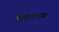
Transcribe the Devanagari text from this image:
मैकडॉनल्ड्स।